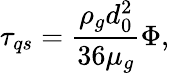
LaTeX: \tau_{qs}=\frac{\rho_{g}d_{0}^{2}}{36\mu_{g}}\Phi,